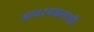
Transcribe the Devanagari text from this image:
आवश्यकतायों